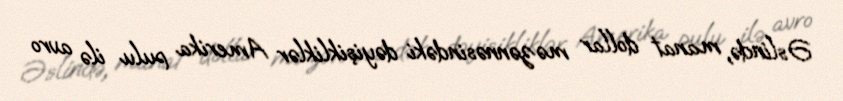
Əslində, manat dollar məzənnəsindəki dəyişikliklər Amerika pulu ilə avro